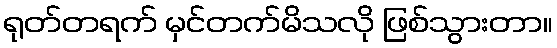
ရုတ်တရက် မှင်တက်မိသလို ဖြစ်သွားတာ။